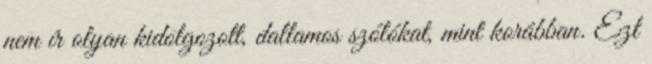
nem ír olyan kidolgozott, dallamos szólókat, mint korábban. Ezt